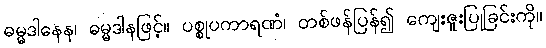
ဓမ္မဒါနေန၊ ဓမ္မဒါနဖြင့်။ ပစ္စုပကာရဏံ၊ တစ်ဖန်ပြန်၍ ကျေးဇူးပြုခြင်းကို။